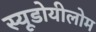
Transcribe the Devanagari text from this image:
स्यूडोयीलोम